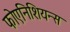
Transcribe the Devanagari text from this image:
फोएनिशियन्स